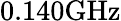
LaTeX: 0.140\mathrm{GHz}